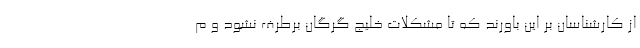
از کارشناسان بر این باورند که تا مشکلات خلیج گرگان برطرف نشود و م